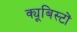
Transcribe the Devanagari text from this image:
क्यूबिस्टों